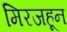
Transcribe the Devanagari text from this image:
मिरजहून